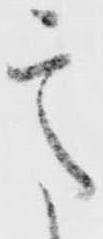
意